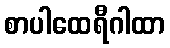
စာပါထေရီဂါထာ